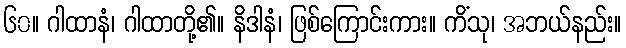
၆၀။ ဂါထာနံ၊ ဂါထာတို့၏။ နိဒါနံ၊ ဖြစ်ကြောင်းကား။ ကိံသု၊ အဘယ်နည်း။